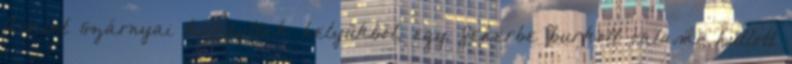
Amint szárnyai kilódultak helyükből, egy fehérbe burkolt valami hullott